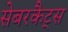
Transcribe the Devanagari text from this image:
सेबरकैट्स